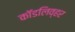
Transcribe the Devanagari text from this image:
कॉडलिव्हर